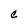
Character: C